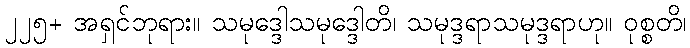
၂၂၅+ အရှင်ဘုရား။ သမုဒ္ဒေါသမုဒ္ဒေါတိ၊ သမုဒ္ဒရာသမုဒ္ဒရာဟု။ ဝုစ္စတိ၊